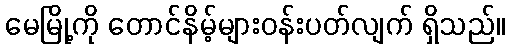
မေမြို့ကို တောင်နိမ့်များဝန်းပတ်လျက် ရှိသည်။